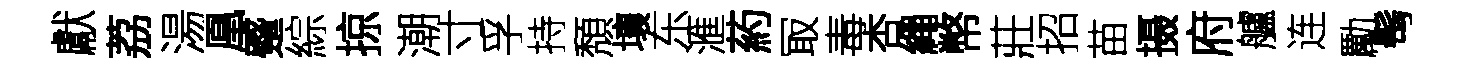
獻荔湯凰蹙綜掠潮寸孚持頽壤东滙葯冣毒杏繩幣莊招苗摄府艫连勵髩